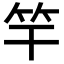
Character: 竿